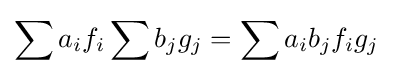
\sum a_{i}f_{i}\sum b_{j}g_{j}=\sum a_{i}b_{j}f_{i}g_{j}